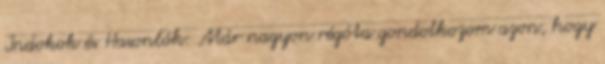
Indokok és Hasonlók: Már nagyon régóta gondolkozom azon, hogy